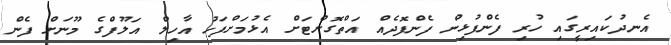
އެނދުކައިރީގައި ހުރި ފެންފުޅިން ފެންފޮދެއް އަތްގޮށްޓަށް އެޅުމަށްފަހު އާހިލް އަލޫފްގެ މޫނަށް ފެން